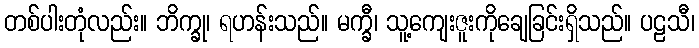
တစ်ပါးတုံလည်း။ ဘိက္ခု၊ ရဟန်းသည်။ မက္ခီ၊ သူ့ကျေးဇူးကိုချေခြင်းရှိသည်။ ပဠသီ၊